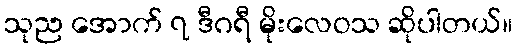
သုည အောက် ၇ ဒီဂရီ မိုးလေဝသ ဆိုပါတယ်။